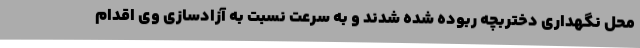
محل نگهداری دختربچه ربوده شده شدند و به سرعت نسبت به آزادسازی وی اقدام